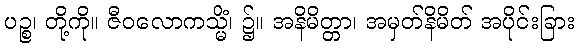
ပဉ္စ၊ တို့ကို။ ဇီဝလောကသ္မိံ၊ ၌။ အနိမိတ္တာ၊ အမှတ်နိမိတ် အပိုင်းခြား